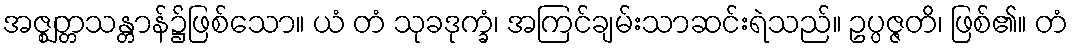
အဇ္ဈတ္တသန္တာန်၌ဖြစ်သော။ ယံ တံ သုခဒုက္ခံ၊ အကြင်ချမ်းသာဆင်းရဲသည်။ ဥပ္ပဇ္ဇတိ၊ ဖြစ်၏။ တံ